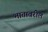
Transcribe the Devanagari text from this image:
भातावरील